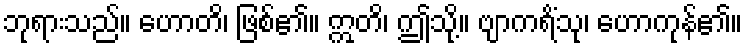
ဘုရားသည်။ ဟောတိ၊ ဖြစ်၏။ ဣတိ၊ ဤသို့။ ဗျာကရိံသု၊ ဟောကုန်၏။